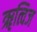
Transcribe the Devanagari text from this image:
ॠत्विज